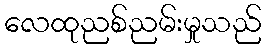
လေထုညစ်ညမ်းမှုသည်